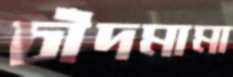
চাঁদমামা